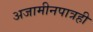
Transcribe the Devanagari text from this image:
अजामीनपात्रही